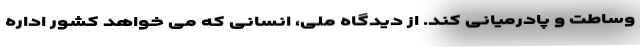
وساطت و پادرمیانی کند. از دیدگاه ملی، انسانی که می خواهد کشور اداره